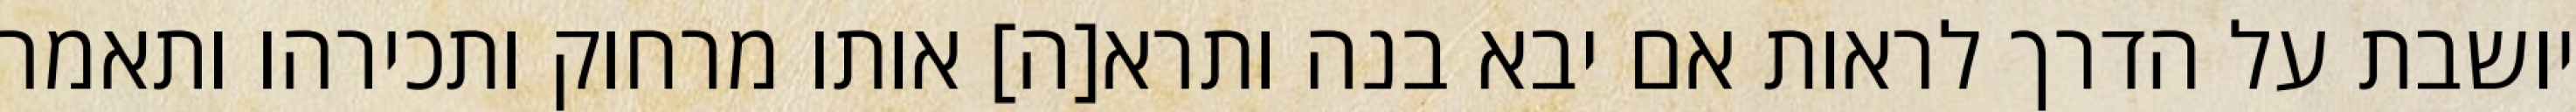
יושבת על הדרך לראות אם יבא בנה ותרא[ה] אותו מרחוק ותכירהו ותאמר